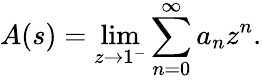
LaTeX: A(s)=\operatorname*{lim}_{z\rightarrow 1^{-}}\sum_{n=0}^{\infty}a_{n}z^{n}.